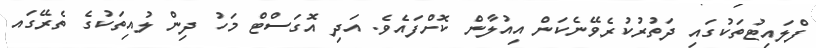
ފްލައިޓުތަކުގައި ދަތުރުކުރެވޭނެކަން އިއުލާން ކޮށްފައެވެ. އަދި އޮގަސްޓް މަހު ދިން ލުއިތަކުގެ ތެރޭގައ